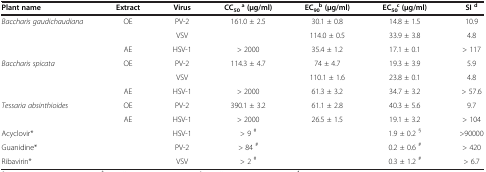
<table><thead><tr><td><b>Plant name</b></td><td><b>Extract</b></td><td><b>Virus</b></td><td><b>CC<sub>50</sub> <sup>a </sup>(μg/ml)</b></td><td><b>EC<sub>90</sub><sup>b </sup>(μg/ml)</b></td><td><b>EC<sub>50</sub><sup>c </sup>(μg/ml)</b></td><td><b>SI <sup>d</sup></b></td></tr></thead><tbody><tr><td rowspan="3"><i>Baccharis gaudichaudiana</i></td><td rowspan="2">OE</td><td>PV-2</td><td rowspan="2">161.0 ± 2.5</td><td>30.1 ± 0.8</td><td>14.8 ± 1.5</td><td>10.9</td></tr><tr><td>VSV</td><td>114.0 ± 0.5</td><td>33.9 ± 3.8</td><td>4.8</td></tr><tr><td>AE</td><td>HSV-1</td><td>&gt; 2000</td><td>35.4 ± 1.2</td><td>17.1 ± 0.1</td><td>&gt; 117</td></tr><tr><td rowspan="3"><i>Baccharis spicata</i></td><td rowspan="2">OE</td><td>PV-2</td><td rowspan="2">114.3 ± 4.7</td><td>74 ± 4.7</td><td>19.3 ± 3.9</td><td>5.9</td></tr><tr><td>VSV</td><td>110.1 ± 1.6</td><td>23.8 ± 0.1</td><td>4.8</td></tr><tr><td>AE</td><td>HSV-1</td><td>&gt; 2000</td><td>61.3 ± 3.2</td><td>34.7 ± 3.2</td><td>&gt; 57.6</td></tr><tr><td rowspan="2"><i>Tessaria absinthioides</i></td><td>OE</td><td>PV-2</td><td>390.1 ± 3.2</td><td>61.1 ± 2.8</td><td>40.3 ± 5.6</td><td>9.7</td></tr><tr><td>AE</td><td>HSV-1</td><td>&gt; 2000</td><td>26.5 ± 1.5</td><td>19.1 ± 3.2</td><td>&gt; 104</td></tr><tr><td>Acyclovir*</td><td> </td><td>HSV-1</td><td>&gt; 9 <sup>#</sup></td><td> </td><td>1.9 ± 0.2 <sup>§</sup></td><td>&gt;90000</td></tr><tr><td>Guanidine*</td><td> </td><td>PV-2</td><td>&gt; 84 <sup>#</sup></td><td> </td><td>0.2 ± 0.6 <sup>#</sup></td><td>&gt; 420</td></tr><tr><td>Ribavirin*</td><td> </td><td>VSV</td><td>&gt; 2 <sup>#</sup></td><td> </td><td>0.3 ± 1.2 <sup>#</sup></td><td>&gt; 6.7</td></tr></tbody></table>